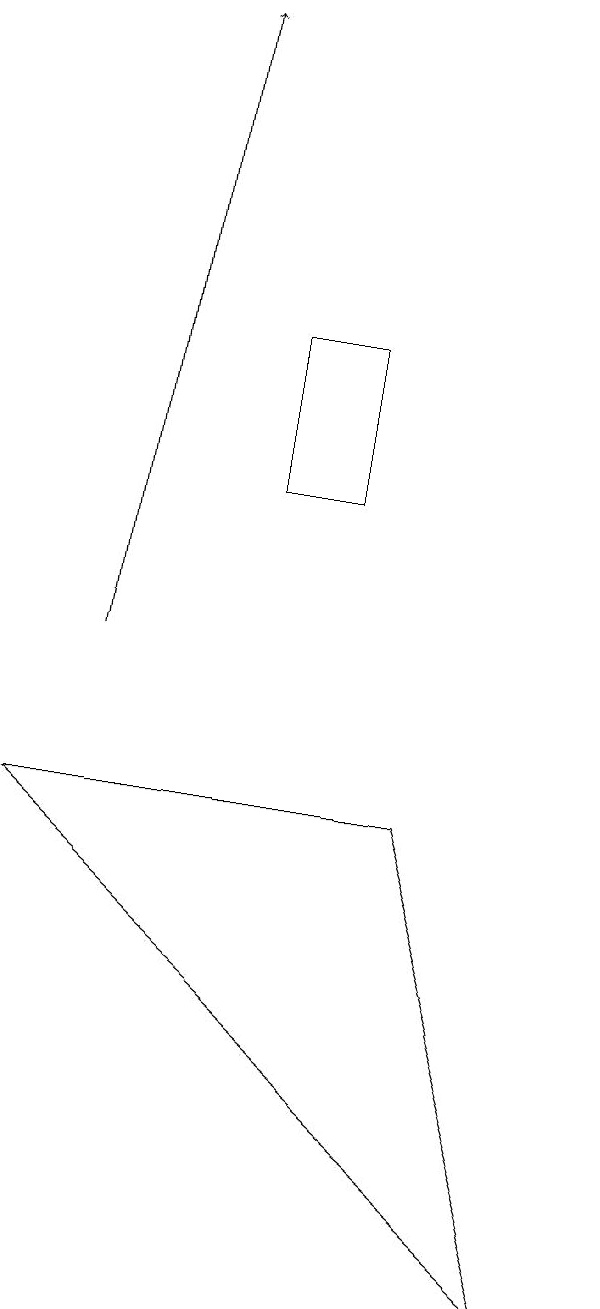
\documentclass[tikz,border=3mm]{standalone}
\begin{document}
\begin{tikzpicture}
\draw (1,9) -- (8,3) -- (6,9) -- cycle;
\draw[->] (2,11) -- (3,19);
\draw (5,15) rectangle (4,13);
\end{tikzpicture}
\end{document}